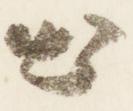
出